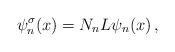
LaTeX: \begin{align*}\psi_n^\sigma(x)=N_nL\psi_n(x)\,,\end{align*}